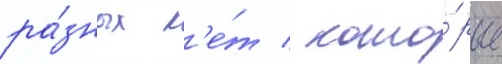
ра́зных л'е́т / кото́рые